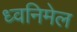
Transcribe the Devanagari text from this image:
ध्वनिमेल